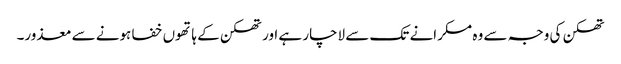
تھکن کی وجہ سے وہ مسکرانے تک سے لاچار ہے اور تھکن کے ہاتھوں خفا ہونے سے معذور۔